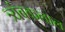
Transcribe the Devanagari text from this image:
त्र्यंबकलाल